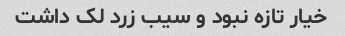
خیار تازه نبود و سیب زرد لک داشت